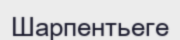
Шарпентьеге